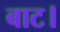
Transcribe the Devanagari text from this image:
बाट।